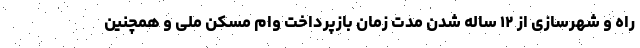
راه و شهرسازی از ۱۲ ساله شدن مدت زمان بازپرداخت وام مسکن ملی و همچنین